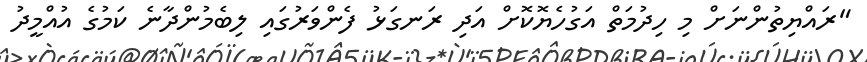
"ރައްޔިތުންނަށް މި ހިދުމަތް އަގުހެޔޮކޮށް އަދި ރަނގަޅު ފެންވަރުގައި ލިބެމުންދާނެ ކަމުގެ އުއްމީދު